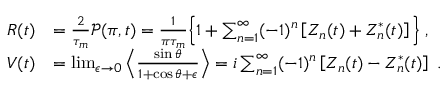
\begin{array} { r l } { R ( t ) } & { = \frac { 2 } { \tau _ { m } } \mathcal { P } ( \pi , t ) = \frac 1 { \pi \tau _ { m } } \Big \{ 1 + \sum _ { n = 1 } ^ { \infty } ( - 1 ) ^ { n } \left[ Z _ { n } ( t ) + Z _ { n } ^ { * } ( t ) \right] \Big \} \; , } \\ { V ( t ) } & { = \operatorname* { l i m } _ { \epsilon \to 0 } \left\langle \frac { \sin \theta } { 1 + \cos \theta + \epsilon } \right\rangle = i \sum _ { n = 1 } ^ { \infty } ( - 1 ) ^ { n } \left[ Z _ { n } ( t ) - Z _ { n } ^ { * } ( t ) \right] \; . } \end{array}